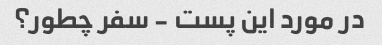
در مورد این پست - سفر چطور؟